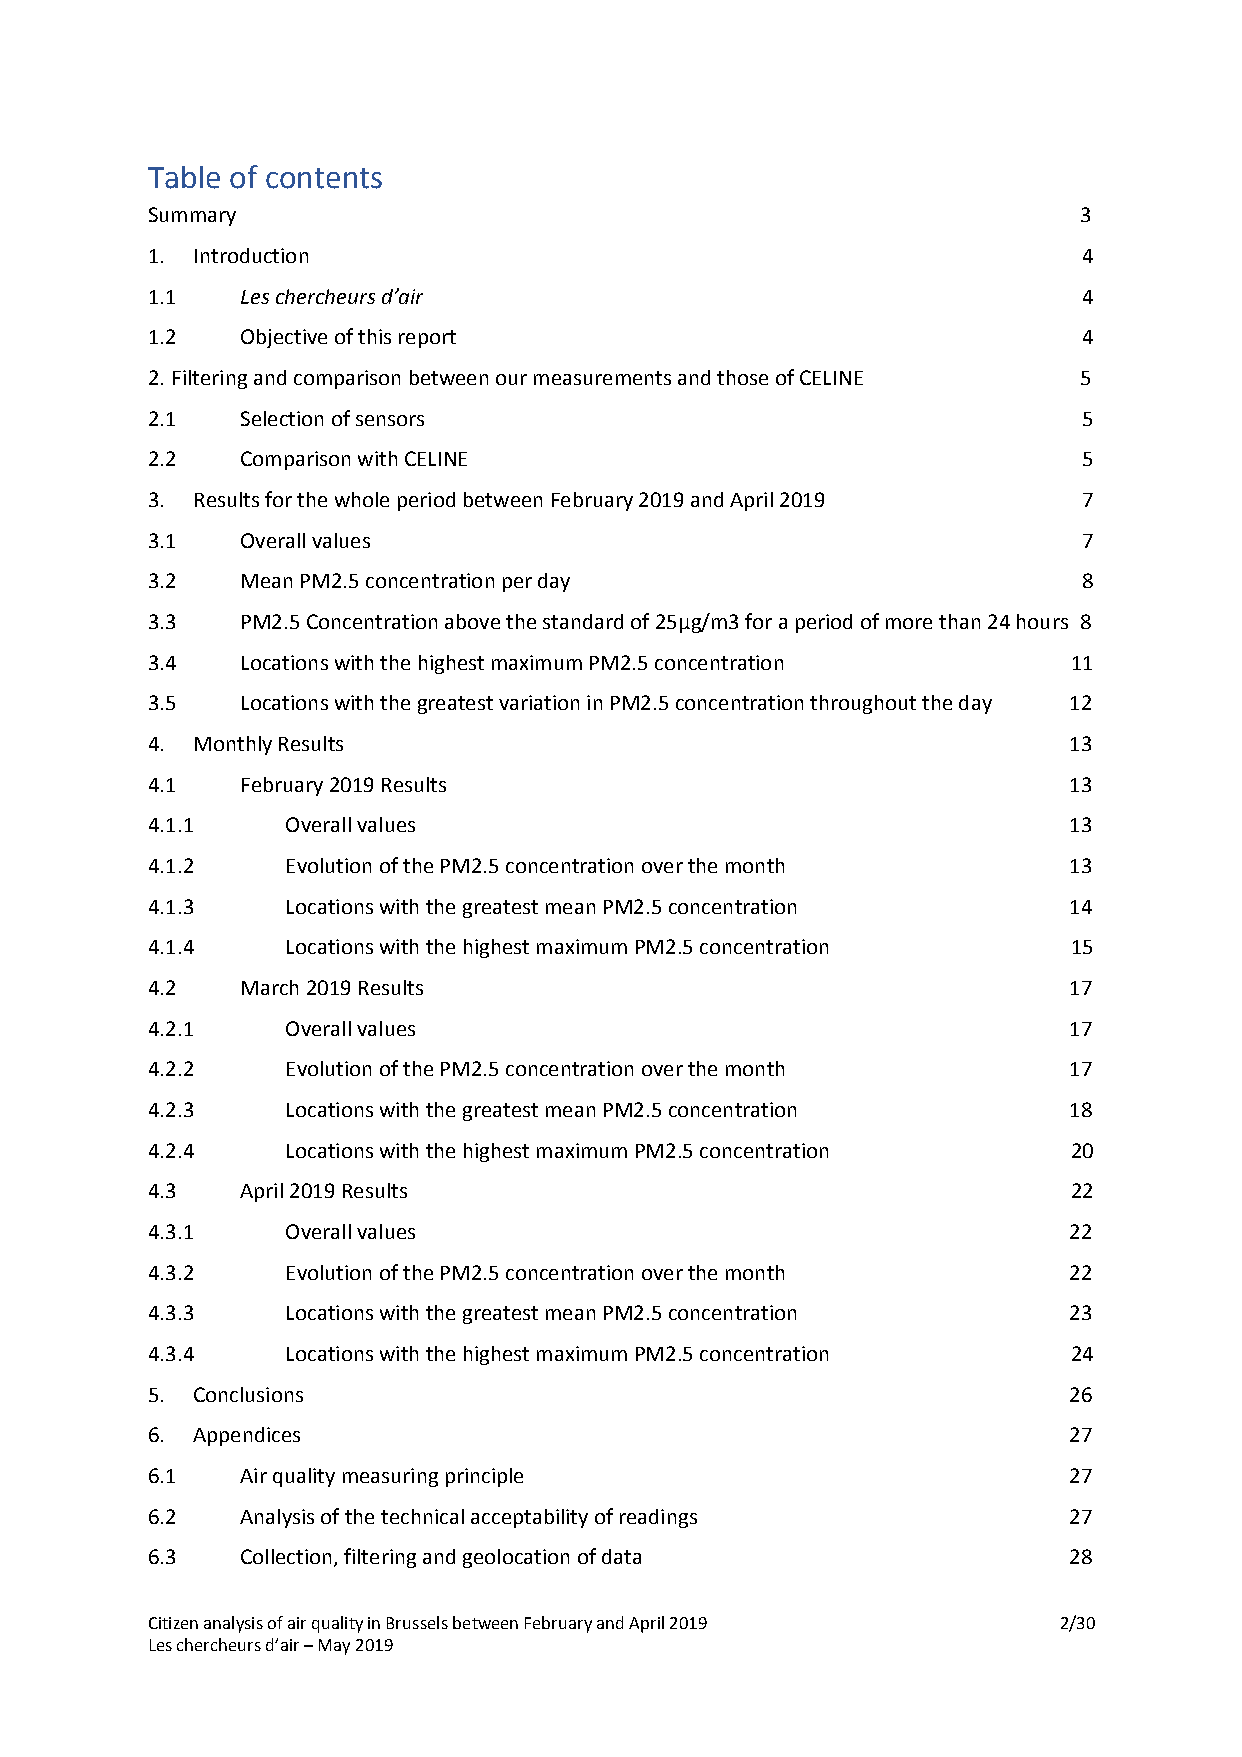
Table of contents
 Summary                                                      3
 1. Introduction                                               4
 1.1   Les chercheurs d’air                                    4
 1.2   Objective of this report                                4
 2.Filtering and comparison between our measurements and those of CELINE 5
 2.1   Selection of sensors                                    5
 2.2   Comparison with CELINE                                  5
 3. Results for the whole period between February 2019 and April 2019 7
 3.1   Overall values                                          7
 3.2   Mean PM2.5 concentration per day                        8
 3.3   PM2.5 Concentration above the standard of 25µg/m3 for a period of more than 24 hours 8
 3.4   Locations with the highest maximum PM2.5 concentration 11
 3.5   Locations with the greatest variation in PM2.5 concentration throughout the day 12
 4. Monthly Results                                           13
 4.1   February 2019 Results                                  13
 4.1.1    Overall values                                      13
 4.1.2    Evolution of the PM2.5 concentration over the month 13
 4.1.3    Locations with the greatest mean PM2.5 concentration 14
 4.1.4    Locations with the highest maximum PM2.5 concentration 15
 4.2   March 2019 Results                                     17
 4.2.1    Overall values                                      17
 4.2.2    Evolution of the PM2.5 concentration over the month 17
 4.2.3    Locations with the greatest mean PM2.5 concentration 18
 4.2.4    Locations with the highest maximum PM2.5 concentration 20
 4.3   April 2019 Results                                     22
 4.3.1    Overall values                                      22
 4.3.2    Evolution of the PM2.5 concentration over the month 22
 4.3.3    Locations with the greatest mean PM2.5 concentration 23
 4.3.4    Locations with the highest maximum PM2.5 concentration 24
 5. Conclusions                                               26
 6. Appendices                                                27
 6.1   Air quality measuring principle                        27
 6.2   Analysis of the technical acceptability of readings    27
 6.3   Collection, filtering and geolocation of data          28
 Citizen analysis of air quality in Brussels between February and April 2019 2/30
 Les chercheurs d’air – May 2019